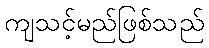
ကျသင့်မည်ဖြစ်သည်